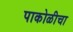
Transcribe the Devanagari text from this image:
पाकोळीचा